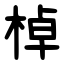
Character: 棹